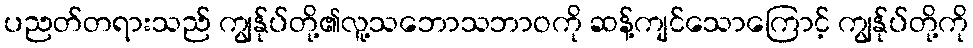
ပညတ်တရားသည် ကျွန်ုပ်တို့၏လူ့သဘောသဘာဝကို ဆန့်ကျင်သောကြောင့် ကျွန်ုပ်တို့ကို